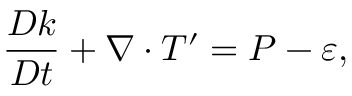
{ \frac { D k } { D t } } + \nabla \cdot T ^ { \prime } = P - \varepsilon ,